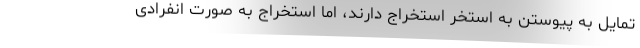
تمایل به پیوستن به استخر استخراج دارند، اما استخراج به صورت انفرادی